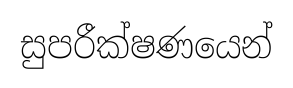
සුපරීක්ෂණයෙන්